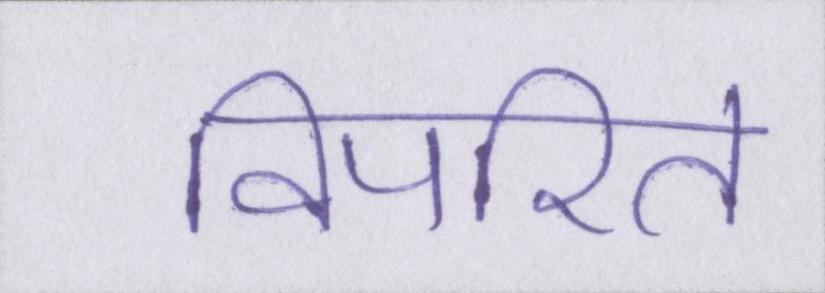
विपरित